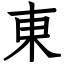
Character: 東